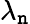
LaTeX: \lambda_{\mathtt{n}}